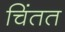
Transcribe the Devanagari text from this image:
चिंतत